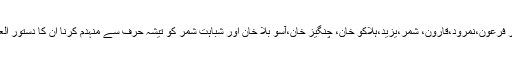
وقت کے ہر فرعون،نمرود،قارون، شمر،یزید،ہلاکو خان، چنگیز خان،آسو بلا خان اور شباہت شمر کو تیشہ حرف سے منہدم کرنا ان کا دستور العمل رہا ہے۔